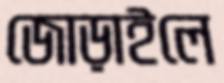
জোড়াইলে